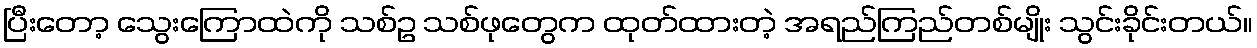
ပြီးတော့ သွေးကြောထဲကို သစ်ဥ သစ်ဖုတွေက ထုတ်ထားတဲ့ အရည်ကြည်တစ်မျိုး သွင်းခိုင်းတယ်။